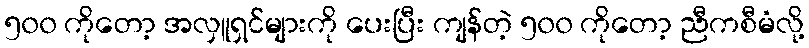
၅၀၀ ကိုတော့ အလှူရှင်များကို ပေးပြီး ကျန်တဲ့ ၅၀၀ ကိုတော့ ညီကစီမံလို့